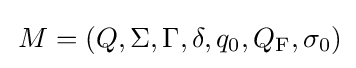
\,M=(Q,\Sigma ,\Gamma ,\delta ,q_{0},Q_{\textrm {F}},\sigma _{0})